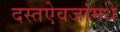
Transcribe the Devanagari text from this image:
दस्तऐवजांमधे